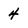
Character: 4